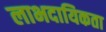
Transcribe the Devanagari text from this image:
लाभदायिकता